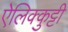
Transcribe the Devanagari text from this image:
ऐलिक्कुट्टी